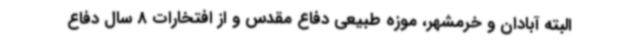
البته آبادان و خرمشهر، موزه طبیعی دفاع مقدس و از افتخارات 8 سال دفاع